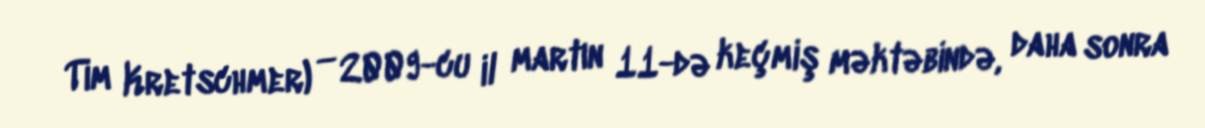
Tim Kretschmer) — 2009-cu il martın 11-də keçmiş məktəbində, daha sonra